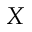
X